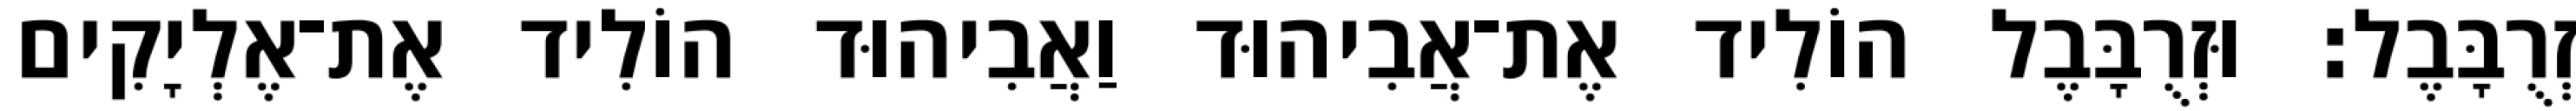
זְרֻבָּבֶל׃ וּזְרֻבָּבֶל הוֹלִיד אֶת־אֲבִיהוּד וַאֲבִיהוּד הוֹלִיד אֶת־אֶלְיָקִים